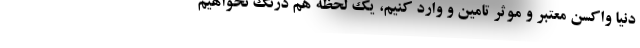
دنیا واکسن معتبر و موثر تامین و وارد کنیم، یک لحظه هم درنگ نخواهیم